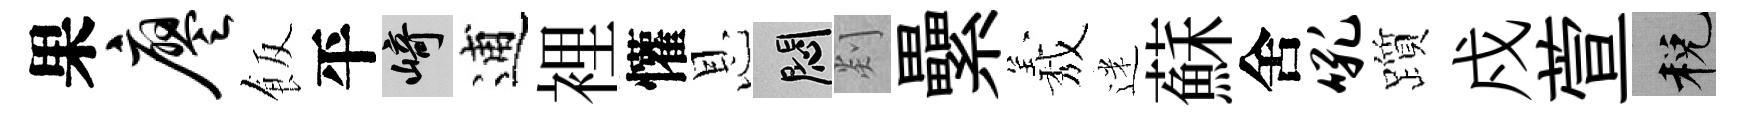
果廖飯平崎逋裡懽恩悶剡纍𦏁迷蘇舍吼躓戍萱税